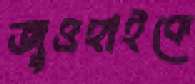
জুওহাইকে